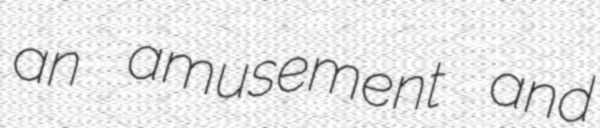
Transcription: an amusement and